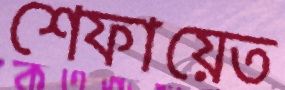
শেফায়েত